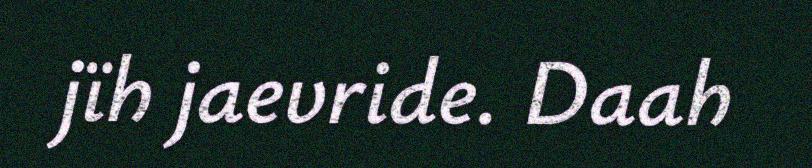
jïh jaevride. Daah